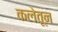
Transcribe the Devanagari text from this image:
कलेतून